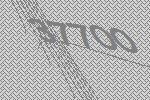
37700